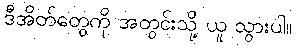
ဒီအိတ်တွေကို အတွင်းသို့ ယူ သွားပါ။